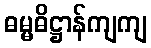
ဓမ္မဓိဋ္ဌာန်ကျကျ